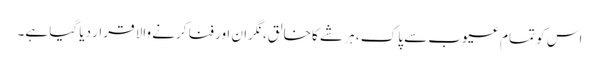
اس کو تمام عیوب سے پاک ، ہر شے کا خالق، نگران اور فنا کرنے والا قرار دیا گیا ہے۔